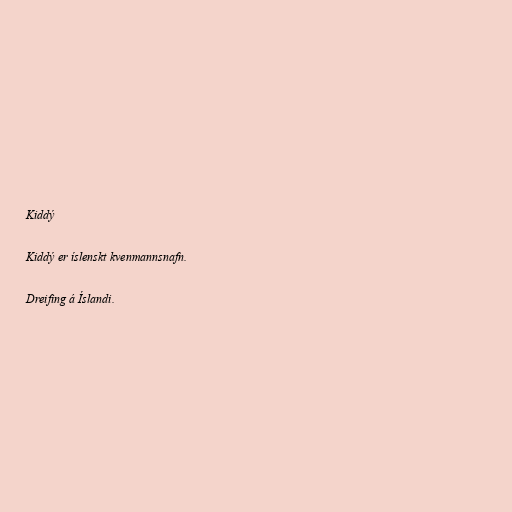
Kiddý

Kiddý er íslenskt kvenmannsnafn.

Dreifing á Íslandi.